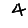
Digit: 4